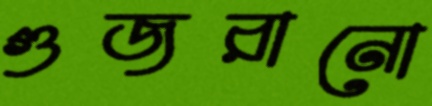
গুজরানো